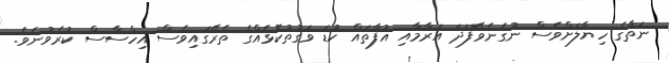
ނަތާގެ ހިޔާލަށްވެސް ނުގެނެވޭފަދަ އަރާމާއި އުފާތައް ކުޑަ ވަގުތުކޮޅެއްގެ ތެރޭގައިވެސް އިހްސާސް ކުރެވުނެވެ.